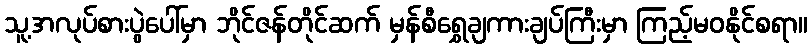
သူ့အလုပ်စားပွဲပေါ်မှာ ဘိုင်ဇန်တိုင်ဆက် မှန်စီရွှေချကားချပ်ကြီးမှာ ကြည့်မဝနိုင်စရာ။